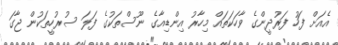
އެއަށް ފަހު ފަރުދީންގެ ވާހަކަތައް މިހާރު އިންޑިއާގެ ނޫސްތަކުގެ ފަލަ ސުރުހީތަކުން ޖާގަ